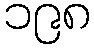
၁၉၈